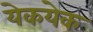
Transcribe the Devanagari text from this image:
येकयेक